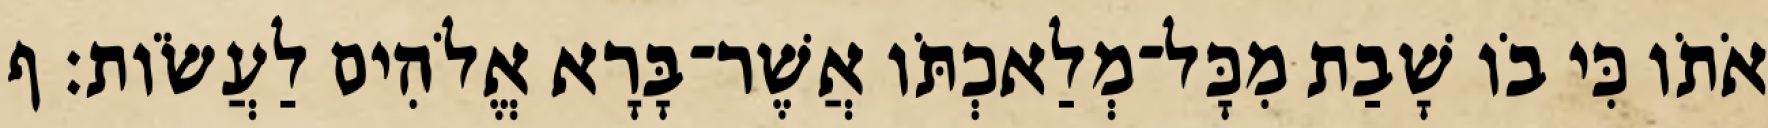
אֹתֹו כִּי בֹו שָׁבַת מִכָּל־מְלַאכְתֹּו אֲשֶׁר־בָּרָא אֱלֹהִים לַעֲשֹׂות׃ ף